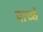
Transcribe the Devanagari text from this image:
बाच्चे